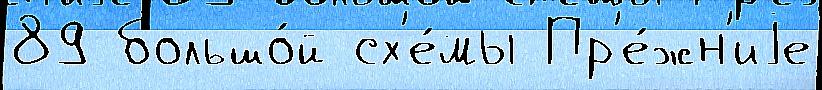
89 большо́й сх'е́мы Пр'е́жн'иjе